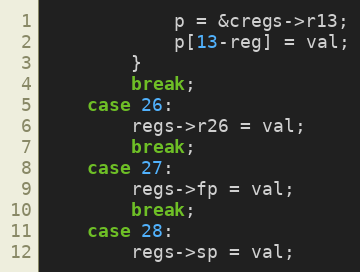
Language: C
			p = &cregs->r13;
			p[13-reg] = val;
		}
		break;
	case 26:
		regs->r26 = val;
		break;
	case 27:
		regs->fp = val;
		break;
	case 28:
		regs->sp = val;